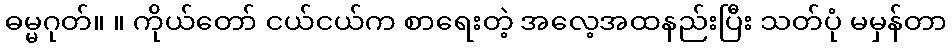
ဓမ္မဂုတ်။ ။ ကိုယ်တော် ငယ်ငယ်က စာရေးတဲ့ အလေ့အထနည်းပြီး သတ်ပုံ မမှန်တာ